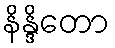
နိန္ဒိတော